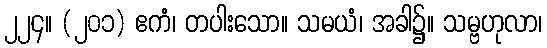
၂၂၄။ (၂၀၁) ဧကံ၊ တပါးသော။ သမယံ၊ အခါ၌။ သမ္ဗဟုလာ၊